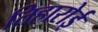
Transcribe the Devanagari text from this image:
तिहारोई